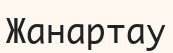
Жанартау